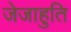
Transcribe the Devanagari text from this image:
जेजाहुति